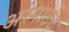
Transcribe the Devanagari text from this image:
अस्पार्टेट